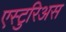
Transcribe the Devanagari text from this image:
एस्टुरिअस